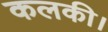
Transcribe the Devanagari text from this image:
कलकी।